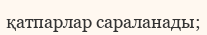
қатпарлар сараланады;